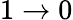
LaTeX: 1\rightarrow 0